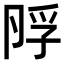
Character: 𡥭